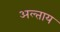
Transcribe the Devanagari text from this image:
अल्ताय